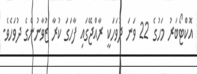
އޮކްޓޯބަރު މަހުގެ 22 ވަނަ ދުވަހަކީ ރާއްޖޭގައި ފާހަގަ ކުރާ ޒުވާނުންގެ ދުވަހެވެ.